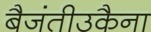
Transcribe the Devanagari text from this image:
बैजंतीउकैना